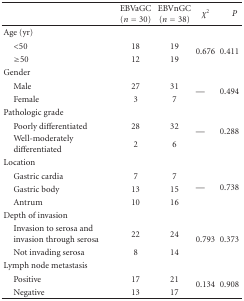
<table><thead><tr><td><b> </b></td><td><b>EBVaGC (<i>n</i> = 30)</b></td><td><b>EBVnGC (<i>n</i> = 38)</b></td><td><b><i>χ</i><sup>2</sup></b></td><td><b><i>P</i></b></td></tr></thead><tbody><tr><td>Age (yr)</td><td> </td><td> </td><td> </td><td> </td></tr><tr><td> &lt;50</td><td> 18</td><td> 19</td><td rowspan="2">0.676</td><td rowspan="2">0.411</td></tr><tr><td> ≥50</td><td> 12</td><td> 19</td></tr><tr><td>Gender</td><td> </td><td> </td><td> </td><td> </td></tr><tr><td> Male</td><td> 27</td><td> 31</td><td rowspan="2">—</td><td rowspan="2">0.494</td></tr><tr><td> Female</td><td> 3</td><td> 7</td></tr><tr><td>Pathologic grade</td><td> </td><td> </td><td> </td><td> </td></tr><tr><td> Poorly differentiated </td><td> 28</td><td> 32</td><td rowspan="2">—</td><td rowspan="2">0.288</td></tr><tr><td> Well-moderatelydifferentiated </td><td> 2</td><td> 6</td></tr><tr><td>Location </td><td> </td><td> </td><td> </td><td> </td></tr><tr><td> Gastric cardia</td><td> 7</td><td> 7</td><td rowspan="3">—</td><td rowspan="3">0.738</td></tr><tr><td> Gastric body</td><td> 13</td><td> 15</td></tr><tr><td> Antrum</td><td> 10</td><td> 16 </td></tr><tr><td>Depth of invasion</td><td> </td><td> </td><td> </td><td> </td></tr><tr><td> Invasion to serosa andinvasion through serosa</td><td> 22</td><td> 24</td><td rowspan="2">0.793</td><td rowspan="2">0.373</td></tr><tr><td> Not invading serosa</td><td> 8</td><td> 14</td></tr><tr><td>Lymph node metastasis</td><td> </td><td> </td><td> </td><td> </td></tr><tr><td> Positive</td><td> 17</td><td> 21</td><td rowspan="2">0.134</td><td rowspan="2">0.908</td></tr><tr><td> Negative</td><td> 13</td><td> 17</td></tr></tbody></table>